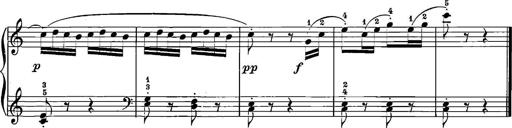
Title: 12 Sonatinas
Composer: Ignaz Pleyel